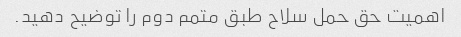
اهمیت حق حمل سلاح طبق متمم دوم را توضیح دهید.